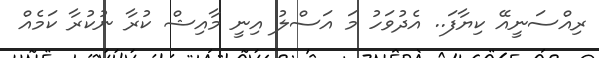
ރިއްސަނީއޭ ކިޔާފަ.. އެދުވަހު މަ އަސްލު އިނީ މާއިޝް ކުރާ ނުކުރާ ކަމެއް